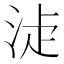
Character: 𣵕